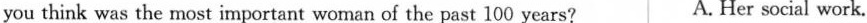
you think was the most important woman of the past 100 years? A. Her social work.